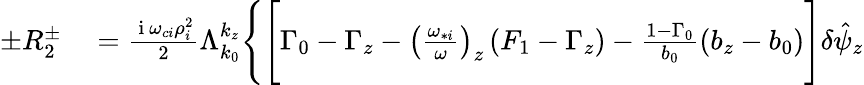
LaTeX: \begin{array}{rl}{\pm R_{2}^{\pm}}&{{}=\frac{\mathrm{~i~}\omega_{ci}\rho_{i}^{2}}{2}\Lambda_{k_{0}}^{k_{z}}\Bigg\{ \Bigg[\Gamma_{0}-\Gamma_{z}-\left(\frac{\omega_{*i}}{\omega}\right)_{z}\left(F_{1}-\Gamma_{z}\right)-\frac{1-\Gamma_{0}}{b_{0}}\left(b_{z}-b_{0}\right)\Bigg]\delta\hat{\psi}_{z}}\end{array}